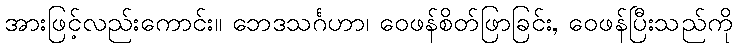
အားဖြင့်လည်းကောင်း။ ဘေဒသင်္ဂဟာ၊ ဝေဖန်စိတ်ဖြာခြင်း, ဝေဖန်ပြီးသည်ကို